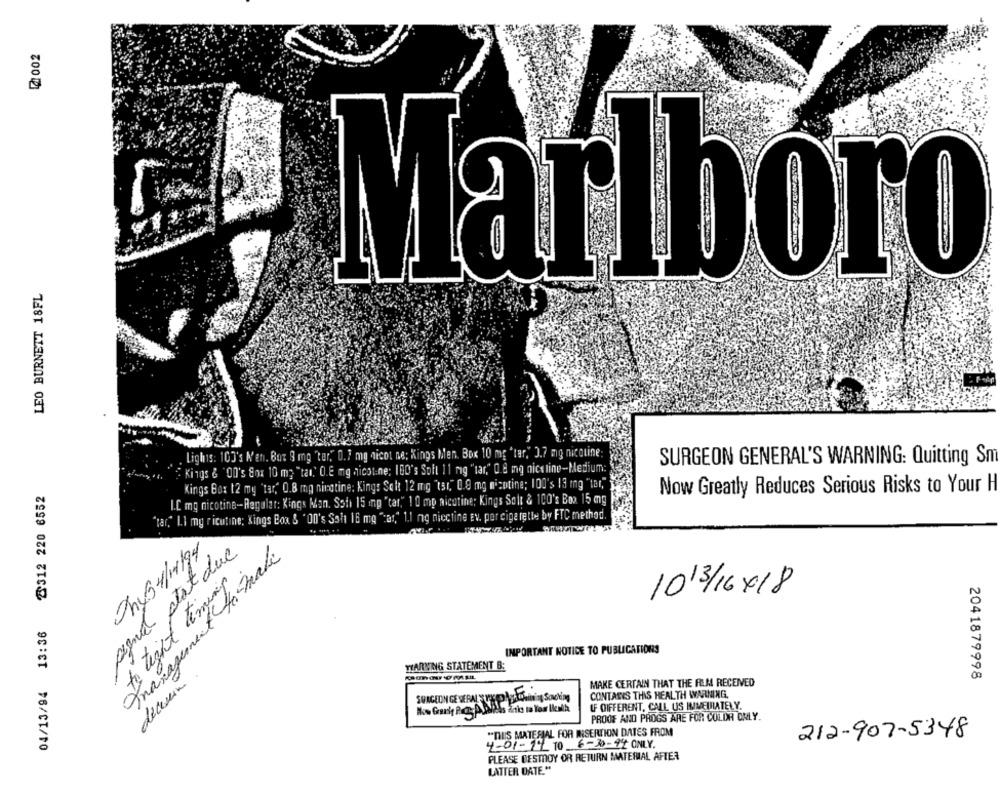
2 002
LEO BURNETT 18FL
Marlboro
Lighis: 103's N'en. But 3 mg "ter," 0.7 mg nicot ne; Kings Men. Box 10 mg 'tar," 3.7 mg nicoline:
SURGEON GENERAL'S WARNING: Quitting Sm
Kings & "On's Box 10 mg "tar." O.E mg nicotine; IBO's Soit 11 mg "tar," 0.8 mg nicoline-Medium:
Kings Box 12 my 'tar," 0.8 mg ningtine: Kings Seit 12 mg "tar." 0.0 mg nicotine; 100's 13 mg "tar,"
04/13/94 13:36 2312 220 6552
Now Greatly Reduces Serious Risks to Your H
I.C mg nicotine-Regular: Kings Man. Soti 15 mg "tar," 10 mp nicotine; Kings Salt & 100's Box 15 mg
"tar," I.I my ricutine; Kings Box & "On's Ssh 18 mg "cas," 1.1 ng niectine Ev. por cigarette by FTC method.
pigne stat due
Thy04/11/94
Imanagement to make
to tight timing
1013/16418
IMPORTANT NOTICE TO PUBLICATIONS
WARNING STATEMENT B:
2041879998
MAKE CERTAIN THAT THE RLM RECEIVED
CONTARIS THIS HEALTH WARNING.
LF DIFFERENT, CALL US IMMEIRATELY.
PROOF AND PROGS ARE FOR COLDH ONLY.
"DUS MATERIAL FOR MISERTION DATES FROM
212-907-5348
4-01-19 10 6-30-94 ONLY.
PLEASE DESTROY OR RETURN MATERIAL AFTER
LATTER DATE."